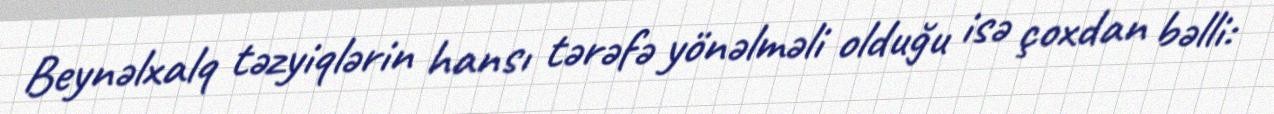
Beynəlxalq təzyiqlərin hansı tərəfə yönəlməli olduğu isə çoxdan bəlli: